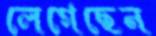
লেগেছেন